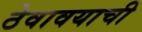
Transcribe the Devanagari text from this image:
ठेवावयाची